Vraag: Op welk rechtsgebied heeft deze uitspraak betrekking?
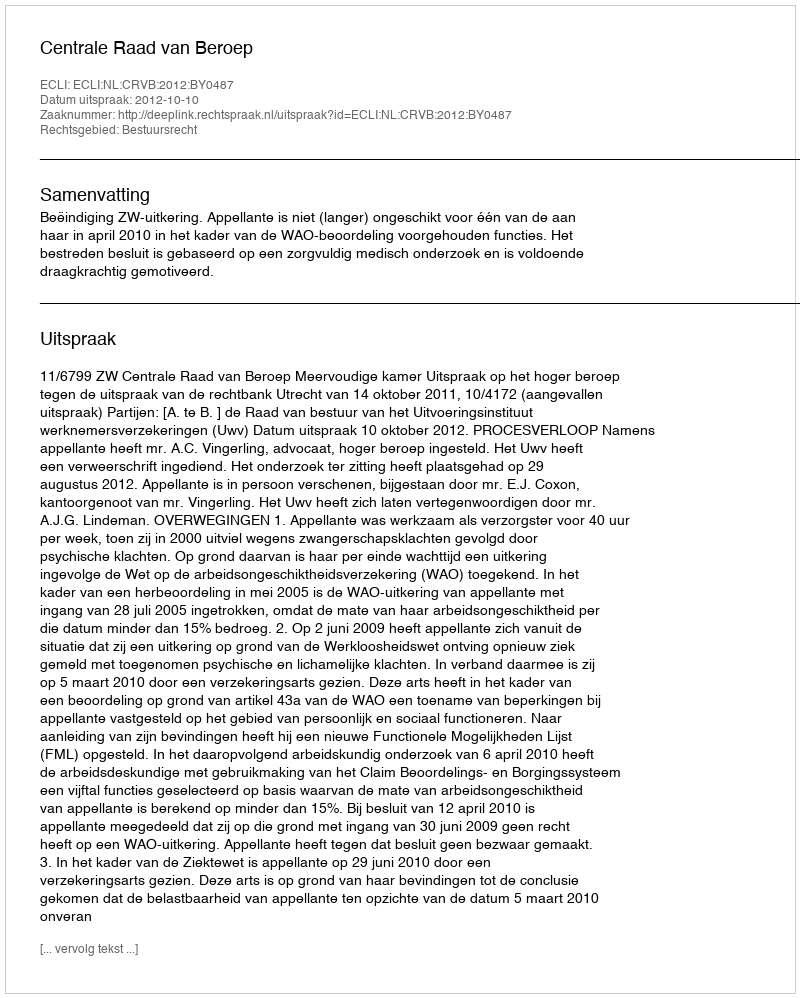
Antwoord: Bestuursrecht